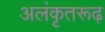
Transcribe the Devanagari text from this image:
अलंकृतरूढ़